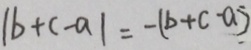
\vert b + c - a \vert = - ( b + c - a )